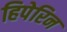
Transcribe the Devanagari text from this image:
हिपेरिन